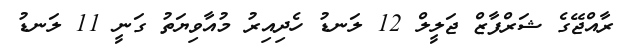
ރާއްޖޭގެ ޝަރްފާޒް ޖަލީލް 12 ލަނޑު ހެދިއިރު މުއާވިޔަތު ގަނީ 11 ލަނޑު